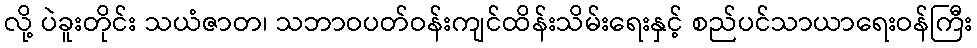
လို့ ပဲခူးတိုင်း သယံဇာတ၊ သဘာဝပတ်ဝန်းကျင်ထိန်းသိမ်းရေးနှင့် စည်ပင်သာယာရေးဝန်ကြီး